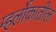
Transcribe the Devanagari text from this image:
म्हर्लोकातील